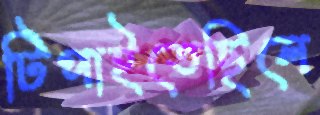
টিপাইতেছিলে